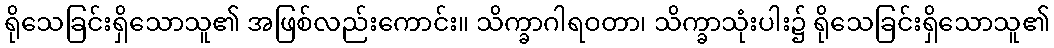
ရိုသေခြင်းရှိသောသူ၏ အဖြစ်လည်းကောင်း။ သိက္ခာဂါရဝတာ၊ သိက္ခာသုံးပါး၌ ရိုသေခြင်းရှိသောသူ၏